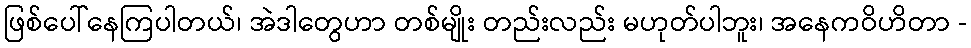
ဖြစ်ပေါ်နေကြပါတယ်၊ အဲဒါတွေဟာ တစ်မျိုး တည်းလည်း မဟုတ်ပါဘူး၊ အနေကဝိဟိတာ -